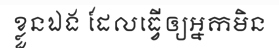
ខ្លួនឯង ដែលធ្វើឲ្យអ្នកមិន